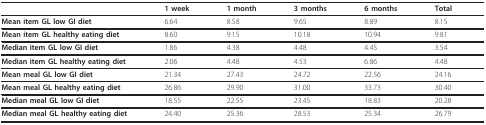
<table><thead><tr><td></td><td><b>1 week</b></td><td><b>1 month</b></td><td><b>3 months</b></td><td><b>6 months</b></td><td><b>Total</b></td></tr></thead><tbody><tr><td><b>Mean item GL low GI diet</b></td><td>6.64</td><td>8.58</td><td>9.65</td><td>8.89</td><td>8.15</td></tr><tr><td><b>Mean item GL healthy eating diet</b></td><td>8.60</td><td>9.15</td><td>10.18</td><td>10.94</td><td>9.81</td></tr><tr><td><b>Median item GL low GI diet</b></td><td>1.86</td><td>4.38</td><td>4.48</td><td>4.45</td><td>3.54</td></tr><tr><td><b>Median item GL healthy eating diet</b></td><td>2.06</td><td>4.48</td><td>4.53</td><td>6.86</td><td>4.48</td></tr><tr><td><b>Mean meal GL low GI diet</b></td><td>21.34</td><td>27.43</td><td>24.72</td><td>22.56</td><td>24.16</td></tr><tr><td><b>Mean meal GL healthy eating diet</b></td><td>26.86</td><td>29.90</td><td>31.00</td><td>33.73</td><td>30.40</td></tr><tr><td><b>Median meal GL low GI diet</b></td><td>18.55</td><td>22.55</td><td>23.45</td><td>18.83</td><td>20.28</td></tr><tr><td><b>Median meal GL healthy eating diet</b></td><td>24.40</td><td>25.36</td><td>28.53</td><td>25.34</td><td>26.79</td></tr></tbody></table>